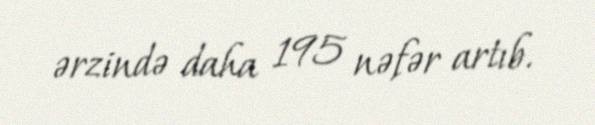
ərzində daha 195 nəfər artıb.